画像に写った文字を読んでください
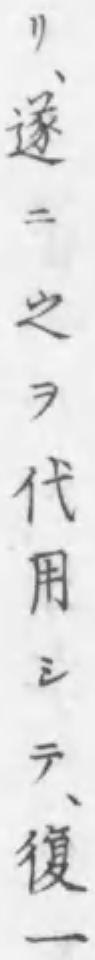
「リ、遂ニ之ヲ代用シテ、復一」と書いてあります